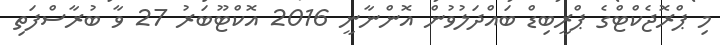
މި ޕްރޮޖެކްޓްގެ ޕްރީބިޑް ބައްދަލުވުން އޮންނާނީ 2016 އޮކްޓޫބަރު 27 ވާ ބުރާސްފަތި